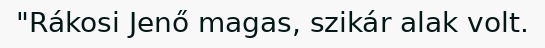
"Rákosi Jenő magas, szikár alak volt.